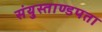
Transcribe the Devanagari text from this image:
संयुस्ताण्डपता